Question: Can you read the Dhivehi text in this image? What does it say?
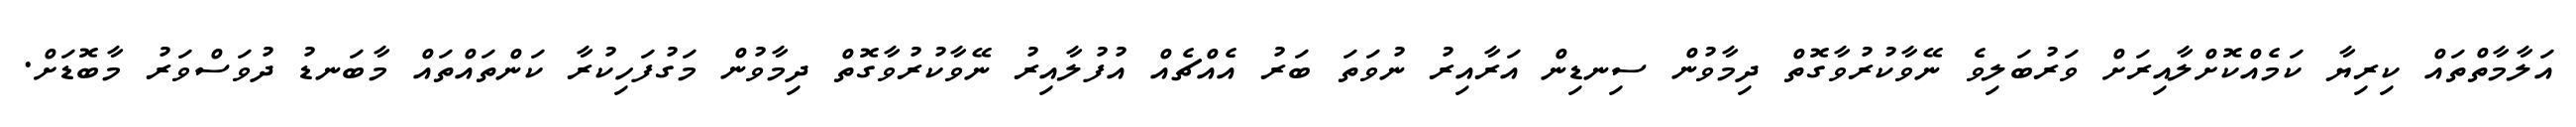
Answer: އަލާމާތްތައް ކިރިޔާ ކަމެއްކޮށްލާއިރަށް ވަރުބަލިވެ ނޭވާކުރުވާގޮތް ދިމާވުން ސިނޑިން އަރާއިރު ނުވަތަ ބަރު އެއްޗެއް އުފުލާއިރު ނޭވާކުރުވާގޮތް ދިމާވުން މަގުފަހިކުރާ ކަންތައްތައް މާބަނޑު ދުވަސްވަރު މާބޮޑަށް.